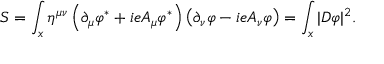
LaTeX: S = \int _ { x } \eta ^ { \mu \nu } \left( \partial _ { \mu } \varphi ^ { * } + i e A _ { \mu } \varphi ^ { * } \right) \left( \partial _ { \nu } \varphi - i e A _ { \nu } \varphi \right) = \int _ { x } | D \varphi | ^ { 2 } .